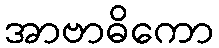
အာဗာဓိကော